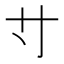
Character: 𡬝